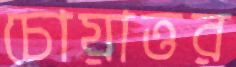
চোয়াত্তর